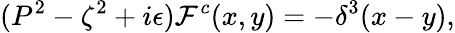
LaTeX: (P^{2}-\zeta^{2}+i\epsilon){\cal F}^{c}(x,y)=-\delta^{3}(x-y),